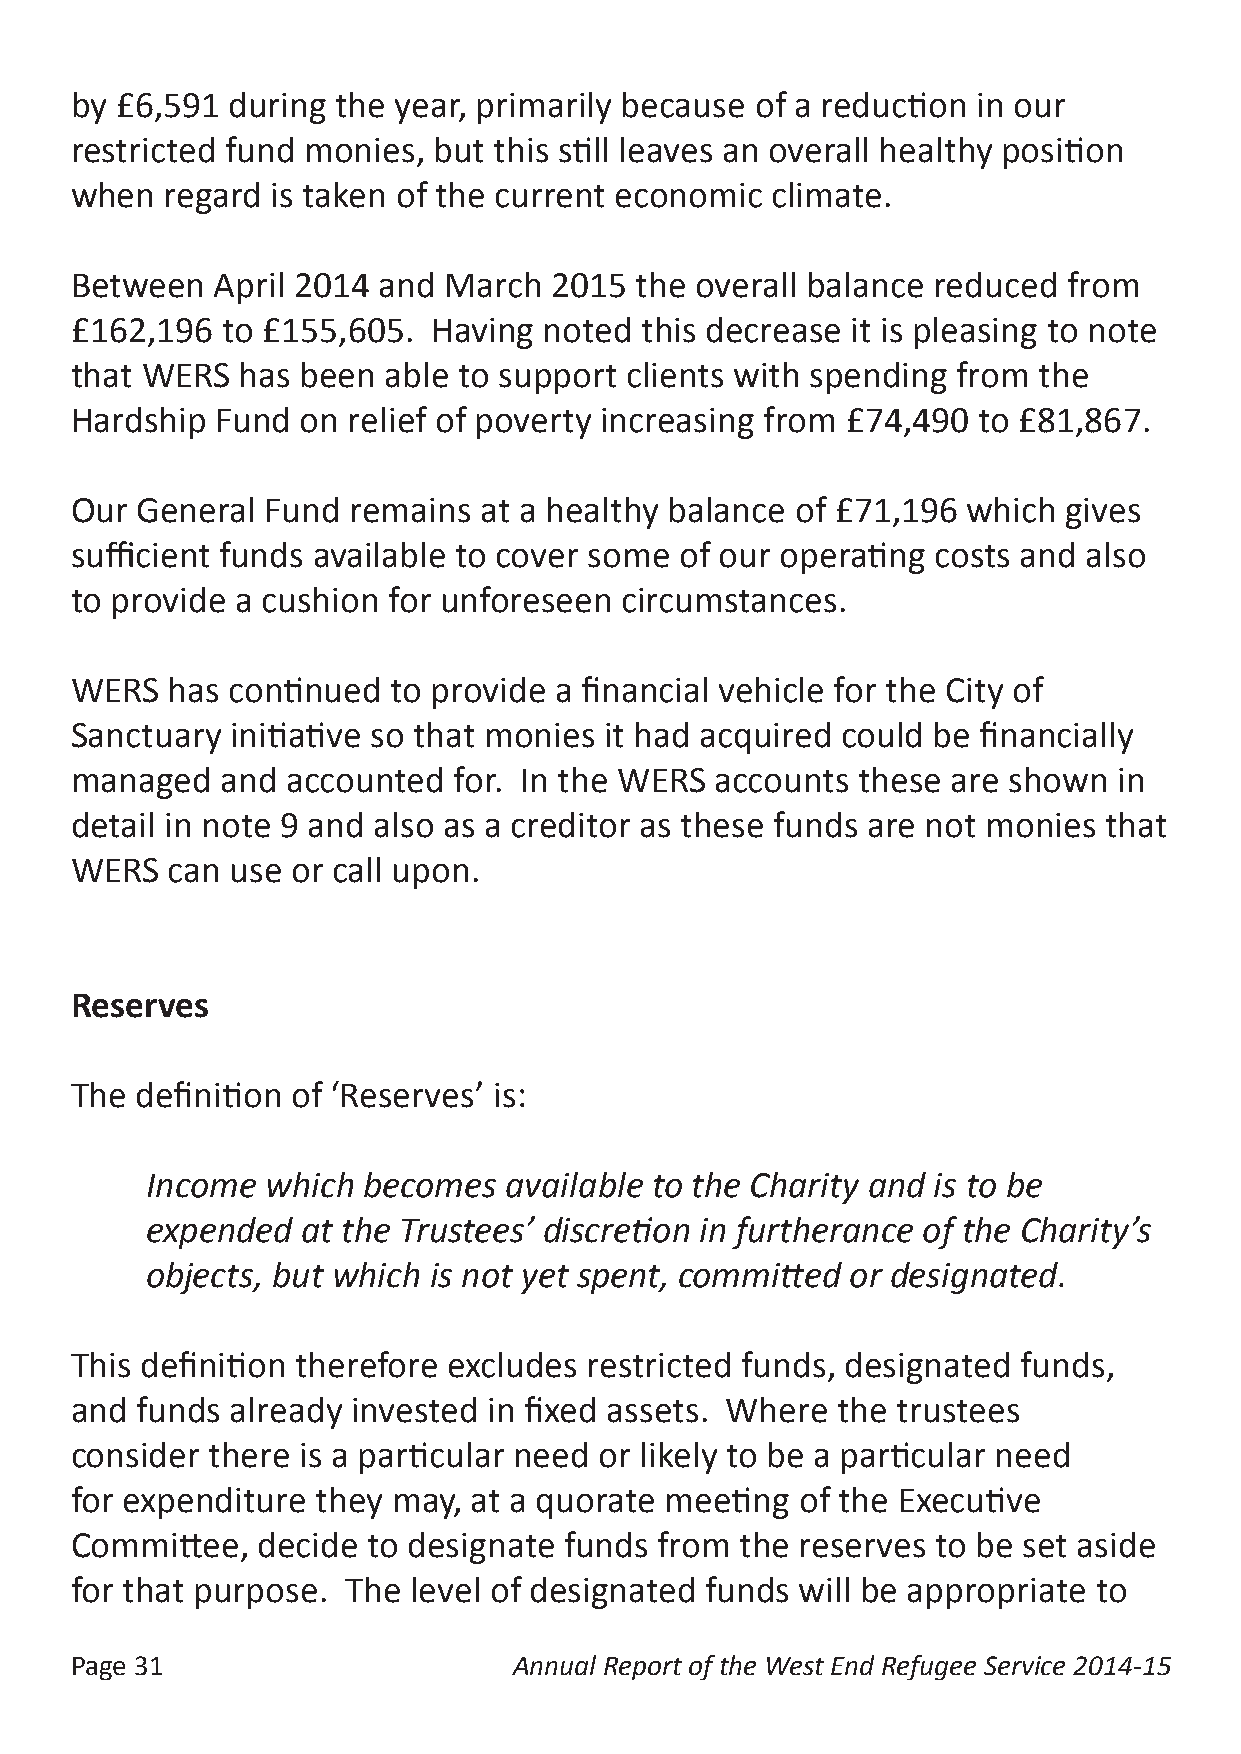
by £6,591 during the year, primarily because of a reduction in our
 restricted fund monies, but this still leaves an overall healthy position
 when  regard is taken of the current economic climate.
 Between  April 2014 and March   2015 the overall balance reduced  from
 £162,196  to £155,605.  Having noted this decrease it is pleasing to note
 that WERS  has been able to support clients with spending from  the
 Hardship Fund  on relief of poverty increasing from £74,490 to £81,867.
 Our General  Fund remains  at a healthy balance of £71,196 which  gives
 sufficient funds available to cover some of our operating costs and also
 to provide a cushion for unforeseen circumstances.
 WERS  has continued  to provide a financial vehicle for the City of
 Sanctuary initiative so that monies it had acquired could be financially
 managed   and accounted  for. In the WERS accounts  these are shown  in
 detail in note 9 and also as a creditor as these funds are not monies that
 WERS  can use or call upon.
 Reserves
 The definition of ‘Reserves’ is:
 Income  which becomes  available to the Charity and is to be
 expended  at the Trustees’ discretion in furtherance of the Charity’s
 objects, but which is not yet spent, committed or designated.
 This definition therefore excludes restricted funds, designated funds,
 and funds already invested in fixed assets. Where the trustees
 consider there is a particular need or likely to be a particular need
 for expenditure they may, at a quorate meeting  of the Executive
 Committee,  decide to designate funds  from the reserves to be set aside
 for that purpose. The level of designated funds will be appropriate to
 Page 31                      Annual Report of the West End Refugee Service 2014-15